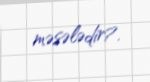
məsələdir?.